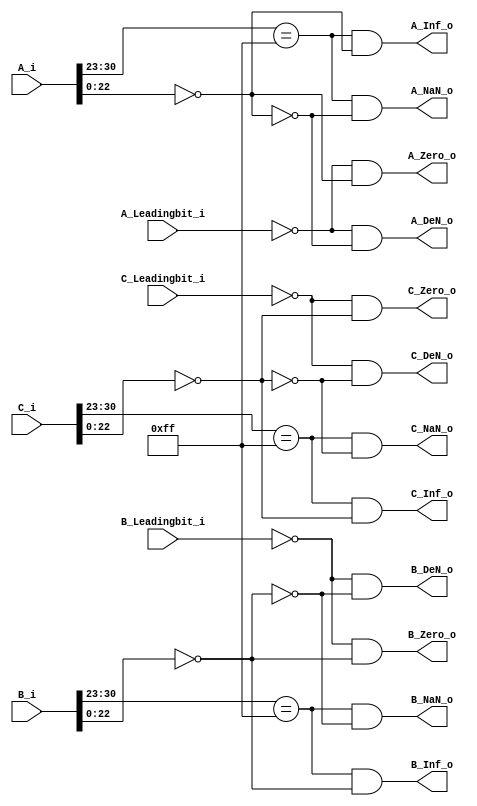
`timescale 1ns / 1ps
//////////////////////////////////////////////////////////////////////////////////
//  Module Name:     SpecialCaseDetector
//  Project Name:    IEEE-754 & RISC-V Compatible Multiply-Accumulate Unit
//  HDL(Version):    Verilog-2005
//
//  Dependencies:    None
//
//////////////////////////////////////////////////////////////////////////////////
//  Description:     Detect whether the input data is:
//                   1. Infinity            
//                   2. Zero                 
//                   3. NaN
//                   4. Denormalized Number
//
//////////////////////////////////////////////////////////////////////////////////
//  Revision:
//  07/21/2022 - Infinity, Zero and NaN detection done.
//  07/21/2022 - Denormalized Nubmer detection added
//  08/04/2022 - I/O ports renamingm, appropriate suffix added
//  08/04/2022 - parameters arranged, comments added for readability
//  08/14/2022 - Wire rename, avoid non-parameter upper cased wire
//  09/12/2022 - Add BSD-3-Clause Licence
//   
//////////////////////////////////////////////////////////////////////////////////
//  License information:
//
//  This software is released under the BSD-3-Clause Licence,
//  see https://opensource.org/licenses/BSD-3-Clause for details.
//  In the following license statements, "software" refers to the
//  "source code" of the complete hardware/software system.
//
//  Copyright 2022,
//                    Embedded Intelligent Systems Lab (EISL)
//                    Deparment of Computer Science
//                    National Yang Ming Chiao Tung Uniersity
//                    Hsinchu, Taiwan.
//
//  All rights reserved.
//
//  Redistribution and use in source and binary forms, with or without
//  modification, are permitted provided that the following conditions are met:
//
//  1. Redistributions of source code must retain the above copyright notice,
//     this list of conditions and the following disclaimer.
//
//  2. Redistributions in binary form must reproduce the above copyright notice,
//     this list of conditions and the following disclaimer in the documentation
//     and/or other materials provided with the distribution.
//
//  3. Neither the name of the copyright holder nor the names of its contributors
//     may be used to endorse or promote products derived from this software
//     without specific prior written permission.
//
//  THIS SOFTWARE IS PROVIDED BY THE COPYRIGHT HOLDERS AND CONTRIBUTORS "AS IS"
//  AND ANY EXPRESS OR IMPLIED WARRANTIES, INCLUDING, BUT NOT LIMITED TO, THE
//  IMPLIED WARRANTIES OF MERCHANTABILITY AND FITNESS FOR A PARTICULAR PURPOSE
//  ARE DISCLAIMED. IN NO EVENT SHALL THE COPYRIGHT HOLDER OR CONTRIBUTORS BE
//  LIABLE FOR ANY DIRECT, INDIRECT, INCIDENTAL, SPECIAL, EXEMPLARY, OR
//  CONSEQUENTIAL DAMAGES (INCLUDING, BUT NOT LIMITED TO, PROCUREMENT OF
//  SUBSTITUTE GOODS OR SERVICES; LOSS OF USE, DATA, OR PROFITS; OR BUSINESS
//  INTERRUPTION) HOWEVER CAUSED AND ON ANY THEORY OF LIABILITY, WHETHER IN
//  CONTRACT, STRICT LIABILITY, OR TORT (INCLUDING NEGLIGENCE OR OTHERWISE)
//  ARISING IN ANY WAY OUT OF THE USE OF THIS SOFTWARE, EVEN IF ADVISED OF THE
//  POSSIBILITY OF SUCH DAMAGE.
//////////////////////////////////////////////////////////////////////////////////


module SpecialCaseDetector #(
    parameter PARM_XLEN         = 32,
    parameter PARM_EXP          = 8,
    parameter PARM_MANT         = 23

) (
    input [PARM_XLEN - 1 : 0] A_i,
    input [PARM_XLEN - 1 : 0] B_i,
    input [PARM_XLEN - 1 : 0] C_i,
    input A_Leadingbit_i,
    input B_Leadingbit_i,
    input C_Leadingbit_i,
    
    output A_Inf_o,
    output B_Inf_o,
    output C_Inf_o,
    output A_Zero_o,
    output B_Zero_o,
    output C_Zero_o,
    output A_NaN_o,
    output B_NaN_o,
    output C_NaN_o,
    output A_DeN_o,
    output B_DeN_o,
    output C_DeN_o);


    wire [PARM_EXP - 1: 0] Exp_Fullone = {PARM_EXP{1'b1}}; // Exponent is all '1'

    
    wire A_ExpZero = ~A_Leadingbit_i;
    wire B_ExpZero = ~B_Leadingbit_i;
    wire C_ExpZero = ~C_Leadingbit_i;

    wire A_ExpFull = (A_i[PARM_XLEN - 2 : PARM_MANT] == Exp_Fullone);
    wire B_ExpFull = (B_i[PARM_XLEN - 2 : PARM_MANT] == Exp_Fullone);
    wire C_ExpFull = (C_i[PARM_XLEN - 2 : PARM_MANT] == Exp_Fullone);

    wire A_MantZero = (A_i[PARM_MANT - 1 : 0] == 0);
    wire B_MantZero = (B_i[PARM_MANT - 1 : 0] == 0);
    wire C_MantZero = (C_i[PARM_MANT - 1 : 0] == 0);


    //output logic
    assign A_Zero_o = A_ExpZero & A_MantZero;
    assign B_Zero_o = B_ExpZero & B_MantZero;
    assign C_Zero_o = C_ExpZero & C_MantZero;

    assign A_Inf_o = A_ExpFull & A_MantZero;
    assign B_Inf_o = B_ExpFull & B_MantZero;
    assign C_Inf_o = C_ExpFull & C_MantZero;

    assign A_NaN_o = A_ExpFull & (~A_MantZero);
    assign B_NaN_o = B_ExpFull & (~B_MantZero);
    assign C_NaN_o = C_ExpFull & (~C_MantZero);

    assign A_DeN_o  = A_ExpZero & (~A_MantZero);
    assign B_DeN_o  = B_ExpZero & (~B_MantZero);
    assign C_DeN_o  = C_ExpZero & (~C_MantZero);

endmodule